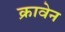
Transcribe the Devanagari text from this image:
क्रावेन